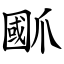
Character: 爴